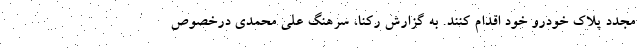
مجدد پلاک خودرو خود اقدام کنند. به گزارش رکنا، سرهنگ علی محمدی درخصوص